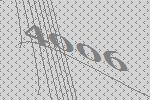
4006